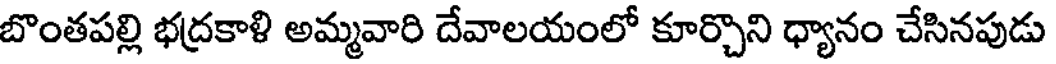
బొంతపల్లి భద్రకాళి అమ్మవారి దేవాలయంలో కూర్చొని ధ్యానం చేసినపుడు